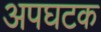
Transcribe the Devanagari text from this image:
अपघटक